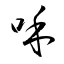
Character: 咊